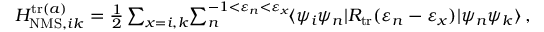
\begin{array} { r } { H _ { \mathrm { N M S } , i k } ^ { \mathrm { t r } ( a ) } = \frac { 1 } { 2 } \sum _ { x = i , k } \! \sum _ { n } ^ { - 1 < \varepsilon _ { n } < \varepsilon _ { x } } \! \ensuremath { \langle \psi _ { i } \psi _ { n } | } { R } _ { \mathrm { t r } } ( \varepsilon _ { n } - \varepsilon _ { x } ) \ensuremath { | \psi _ { n } \psi _ { k } \rangle } \, , } \end{array}